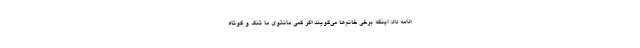
ادامه داد: اینکه برخی خانم‌ها می‌گویند اگر کمی مانتوی ما تنگ و کوتاه